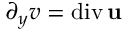
\partial _ { y } v = \mathrm { d i v } \, { \bf u }